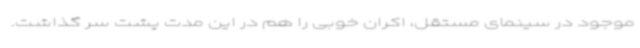
موجود در سینمای مستقل، اکران خوبی را هم در این مدت پشت سر گذاشت.